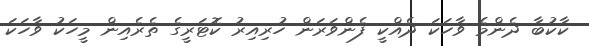
ކާކުބާ ދެންމެ ވާހަކަ ދެއްކީ ފެންވަރަން ހުރިއިރު ކޮޓަރީގެ ތެރެއިން މީހަކު ވާހަކަ